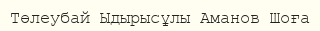
Төлеубай Ыдырысұлы Аманов Шоға